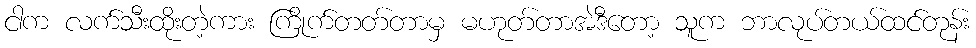
ငါက လက်သီးထိုးတဲ့ကား ကြိုက်တတ်တာမှ မဟုတ်တာအဲဒီတော့ သူက ဘာလုပ်တယ်ထင်တုန်း